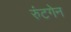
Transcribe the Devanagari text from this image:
रुंटगेन